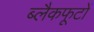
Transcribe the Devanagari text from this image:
ब्लैकफूटों